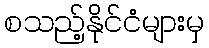
စသည့်နိုင်ငံများမှ